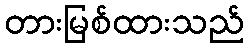
တားမြစ်ထားသည်